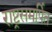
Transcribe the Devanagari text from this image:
राष्ट्रसमर्पित